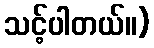
သင့်ပါတယ်။)